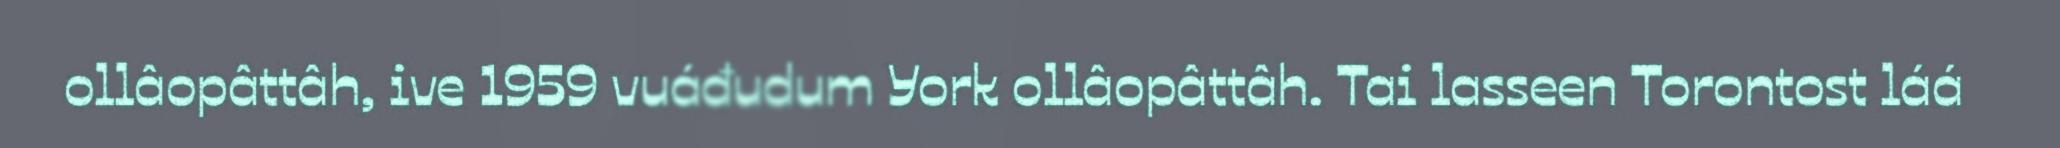
ollâopâttâh, ive 1959 vuáđudum York ollâopâttâh. Tai lasseen Torontost láá